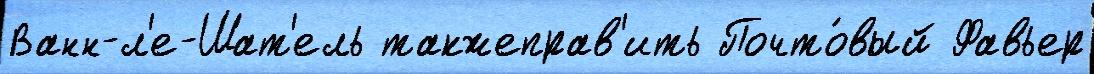
Ванн-л'е-Шат'ель такжеправ'ить Почто́вый Фавьер